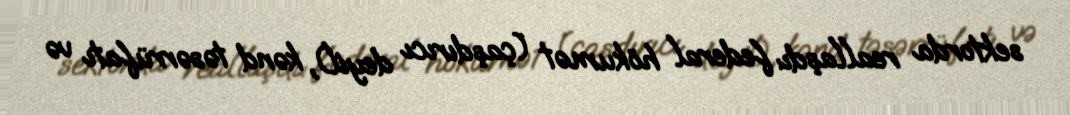
sektorda reallaşdı: federal hökumət (çaşdırıcı deyil), kənd təsərrüfatı və